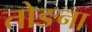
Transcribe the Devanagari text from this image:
तोङना